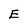
Character: E